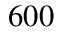
6 0 0